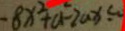
- 8 x ^ { 2 } + a ^ { 2 } - 2 a x \leq